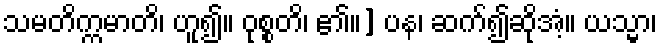
သမတိက္ကမာတိ၊ ဟူ၍။ ဝုစ္စတိ၊ ၏။] ပန၊ ဆက်၍ဆိုအံ့။ ယသ္မာ၊